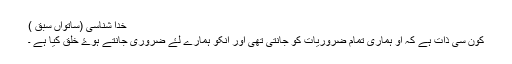
خدا شناسی (ساتواں سبق )
کون سی ذات ہے کہ او ہماری تمام ضروریات کو جانتی تھی اور انکو ہمارے لۓ ضروری جانتے ہوۓ خلق کیا ہے ۔